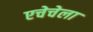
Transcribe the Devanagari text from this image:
एचेचेला